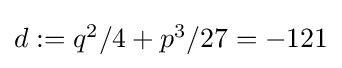
{\textstyle d:=q^{2}/4+p^{3}/27=-121}